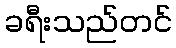
ခရီးသည်တင်